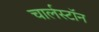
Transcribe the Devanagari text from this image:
चार्लस्टॉन